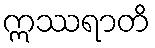
ဣဿရာတိ